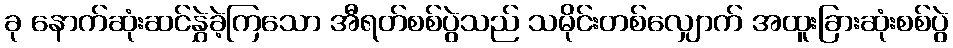
ခု နောက်ဆုံးဆင်နွှဲခဲ့ကြသော အီရတ်စစ်ပွဲသည် သမိုင်းတစ်လျှောက် အထူးခြားဆုံးစစ်ပွဲ